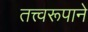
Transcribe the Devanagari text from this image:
तत्त्वरूपाने